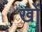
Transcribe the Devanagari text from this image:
खों